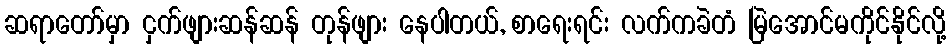
ဆရာတော်မှာ ငှက်ဖျားဆန်ဆန် တုန်ဖျား နေပါတယ်, စာရေးရင်း လက်ကခဲတံ မြဲအောင်မကိုင်နိုင်လို့